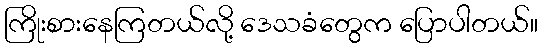
ကြိုးစားနေကြတယ်လို့ ဒေသခံတွေက ပြောပါတယ်။